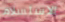
الاستسلام